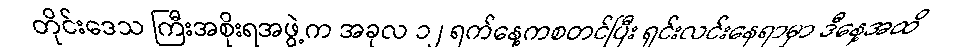
တိုင်းဒေသ ကြီးအစိုးရအဖွဲ့က အခုလ ၁၂ ရက်နေ့ကစတင်ပြီး ရှင်းလင်းနေရာမှာ ဒီနေ့အထိ